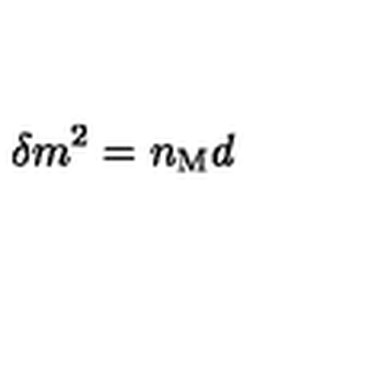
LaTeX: \delta m ^ { 2 } = n _ { \mathrm { M } } d